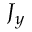
J _ { y }